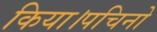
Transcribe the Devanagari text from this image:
किया।पचिनो